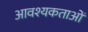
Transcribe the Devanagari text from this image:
आवश्यकताआें